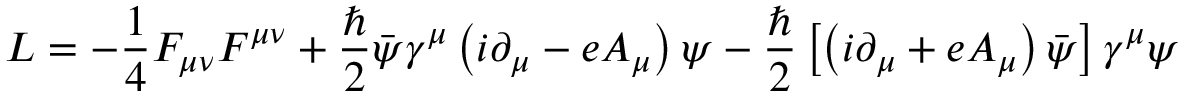
{ \cal L } = - \frac { 1 } { 4 } F _ { \mu \nu } F ^ { \mu \nu } + \frac { \hbar } { 2 } \bar { \psi } \gamma ^ { \mu } \left( i \partial _ { \mu } - e A _ { \mu } \right) \psi - \frac { \hbar } { 2 } \left[ \left( i \partial _ { \mu } + e A _ { \mu } \right) \bar { \psi } \right] \gamma ^ { \mu } \psi